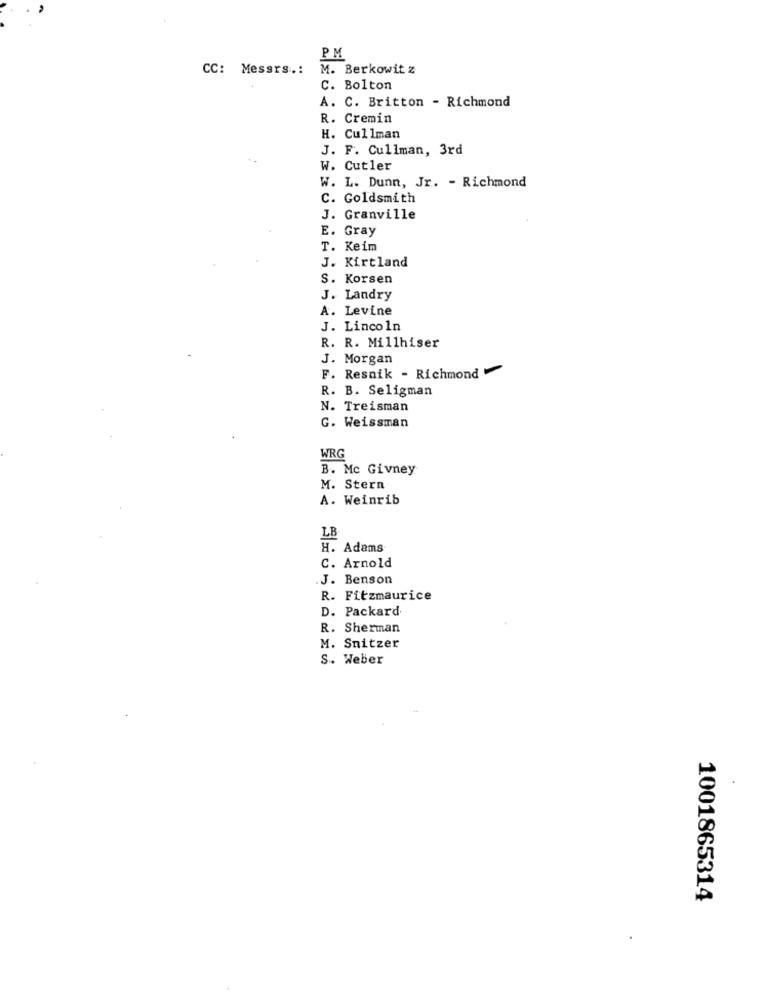
PM
CC: Messrs .: M. Berkowitz
C. Bolton
A. C. Britton - Richmond
R. Cremin
H. Cullman
J. F. Cullman, 3rd
W. Cutler
W. L. Dunn, Jr. - Richmond
C. Goldsmith
J. Granville
E. Gray
T. Keim
J. Kirtland
S. Korsen
J. Landry
A. Levine
J. Lincoln
R. R. Millhiser
J. Morgan
F. Resnik - Richmond
R. B. Seligman
N. Treisman
G. Weissman
WRG
B. Mc Givney
M. Stern
A. Weinrib
LB
H. Adams
C. Arnold
J. Benson
R. Fitzmaurice
D. Packard
R. Sherman
M. Snitzer
S. Weber
1001865314